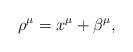
LaTeX: \begin{align*} \rho^\mu=x^\mu+\beta^\mu,\end{align*}